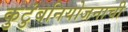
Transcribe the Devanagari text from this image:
कुटुंबनियोजनाची